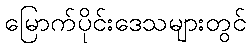
မြောက်ပိုင်းဒေသများတွင်